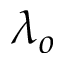
\lambda _ { o }